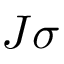
J { \boldsymbol { \sigma } }